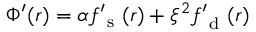
\Phi ^ { \prime } ( r ) = \alpha f _ { \mathrm { ~ s ~ } } ^ { \prime } ( r ) + \xi ^ { 2 } f _ { \mathrm { ~ d ~ } } ^ { \prime } ( r )